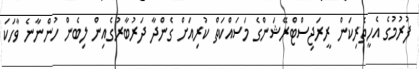
ފުރުމުގެ އެހީތެރިކަން ރީރަޖިސްޓްރޭޝަންގެ މަސައްކަތް ކުރިއަށް ގެންދާ ދަރުބާރުގެއިން ލިބެން ހުންނާނެ ވާހަކަ